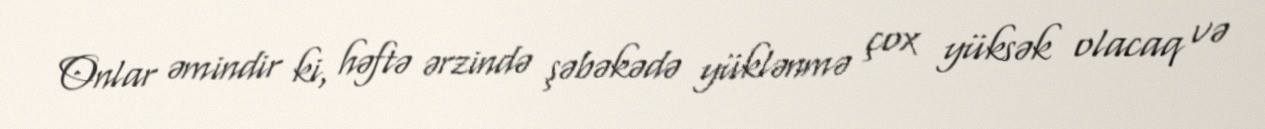
Onlar əmindir ki, həftə ərzində şəbəkədə yüklənmə çox yüksək olacaq və